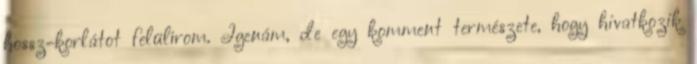
hossz-korlátot felülírom. Igenám, de egy komment természete, hogy hivatkozik